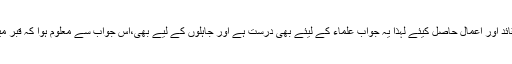
۴؎ یعنی بلاواسطہ میں نے قرآن شریف خو د سیکھا یا علماء کے ذریعہ اس سے عقائد اور اعمال حاصل کیئے لہذا یہ جواب علماء کے لیئے بھی درست ہے اور جاہلوں کے لیے بھی،اس جواب سے معلوم ہوا کہ قبر میں حضور کی پہچان ایمانی رشتہ سے ہوگی خواہ حضور کو دیکھا ہو یا نہ دیکھا ہو۔